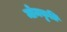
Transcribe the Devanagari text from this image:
मोमकृति